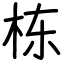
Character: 栋